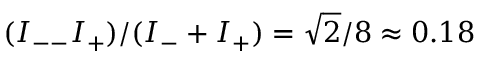
( I _ { -- } I _ { + } ) / ( I _ { - } + I _ { + } ) = \sqrt { 2 } / 8 \approx 0 . 1 8